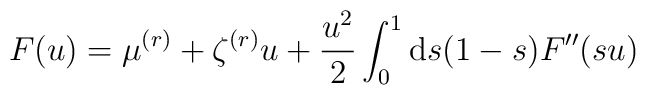
F(u)=\mu^{(r)}+\zeta^{(r)}u+\frac{u^2}{2}\int_0^1{\rm d}s(1-s)F^{\prime\prime}(su)